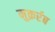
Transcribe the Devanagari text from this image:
मुक़र्रब